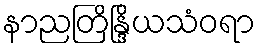
နာညတြိန္ဒြိယသံဝရာ